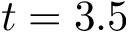
t = 3 . 5